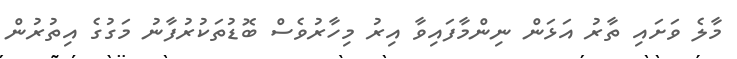
މާލެ ވަށައި ތާރު އަޅަން ނިންމާފައިވާ އިރު މިހާރުވެސް ބޮޑުތަކުރުފާނު މަގުގެ އިތުރުން